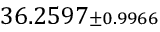
3 6 . 2 5 9 7 { \scriptstyle \pm 0 . 9 9 6 6 }